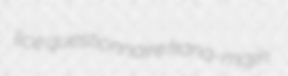
lice questionnaire kana-majiri